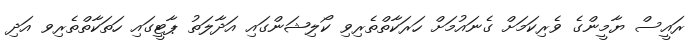
ރައީސް ޔާމީންގެ ވެރިކަމަށް ގެނައުމަށް ހަރަކާތްތެރިވި ކޯލިޝަންގައި އަދާލަތު ޕާޓީގައި ހަތަކާތްތެރިވ އަދި